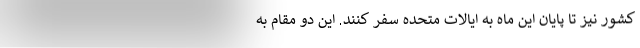
کشور نیز تا پایان این ماه به ایالات متحده سفر کنند. این دو مقام به